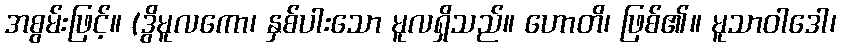
အစွမ်းဖြင့်။ (ဒွိမူလကော၊ နှစ်ပါးသော မူလရှိသည်။ ဟောတိ၊ ဖြစ်၏။ မူသာဝါဒေါ၊